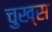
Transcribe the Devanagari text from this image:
चुख्स